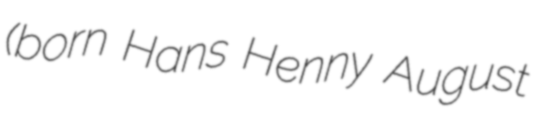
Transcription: (born Hans Henny August